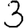
Digit: 3